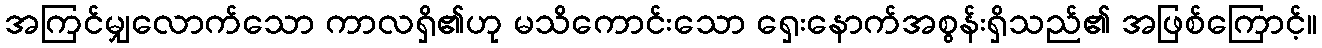
အကြင်မျှလောက်သော ကာလရှိ၏ဟု မသိကောင်းသော ရှေးနောက်အစွန်းရှိသည်၏ အဖြစ်ကြောင့်။